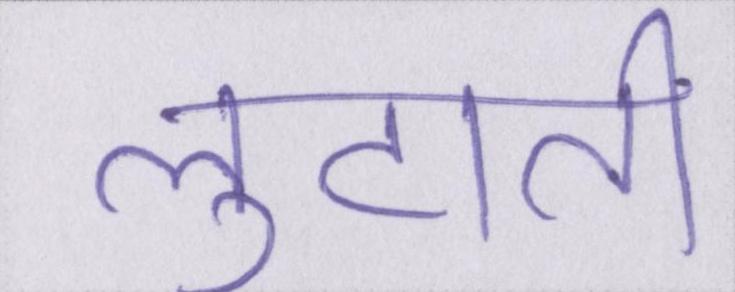
लुटाती